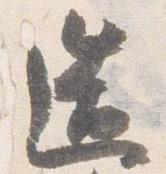
造